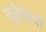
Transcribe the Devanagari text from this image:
यूरोथेरेपी